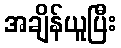
အချိန်ယူပြီး